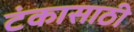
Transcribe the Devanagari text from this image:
टंकासाठी